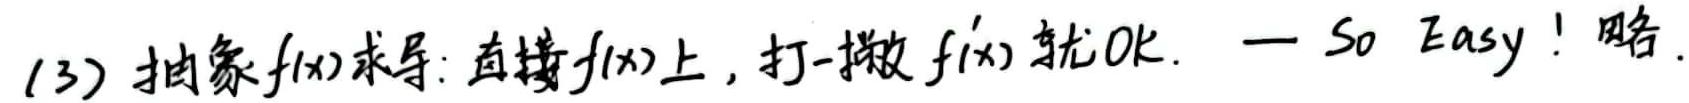
(3) 抽象$f(x)$求导：直接$f(x)$上，打一撇$f'(x)$就OK. — So Easy! 略.